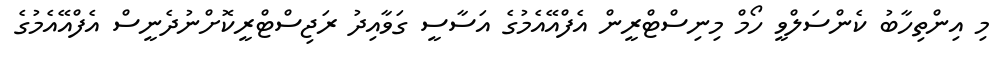
މި އިންތިހާބު ކެންސަލްވީ ހޯމް މިނިސްޓްރީން އެފްއޭއެމުގެ އަސާސީ ގަވާއިދު ރަޖިސްޓްރީކޮށްނުދެނީސް އެފްއޭއެމުގެ